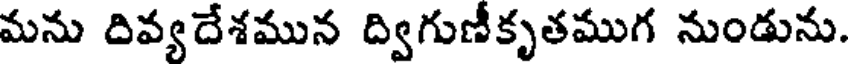
మను దివ్యదేశమున ద్విగుణీకృతముగ నుండును.